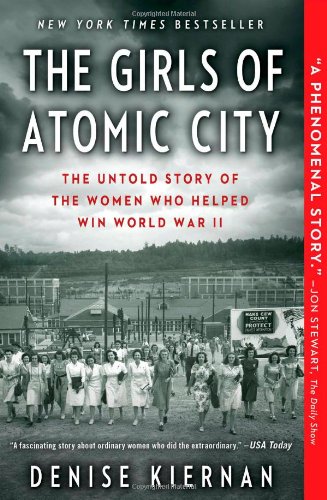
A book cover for The Girls of Atomic City: The Untold Story of the Women Who Helped Win World War II; Denise Kiernan; Biographies & Memoirs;